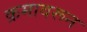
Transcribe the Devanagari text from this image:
क्रमावरून